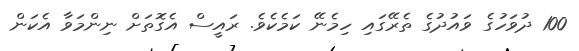
100 ދުވަހުގެ ވައުދުގެ ތެރޭގައި ހިމެނޭ ކަމެކެވެ. ރައީސް އެގޮތަށް ނިންމަވާ އެކަން